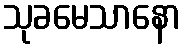
သုခမေသာနော